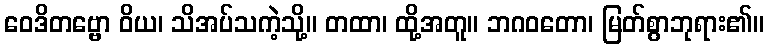
ဝေဒိတဗ္ဗော ဝိယ၊ သိအပ်သကဲ့သို့။ တထာ၊ ထို့အတူ။ ဘဂဝတော၊ မြတ်စွာဘုရား၏။